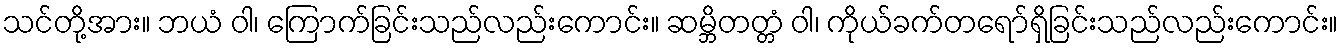
သင်တို့အား။ ဘယံ ဝါ၊ ကြောက်ခြင်းသည်လည်းကောင်း။ ဆမ္ဘိတတ္တံ ဝါ၊ ကိုယ်ခက်တရော်ရှိခြင်းသည်လည်းကောင်း။